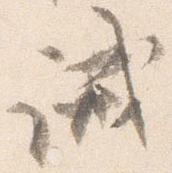
誡